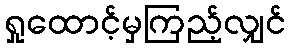
ရှုထောင့်မှကြည့်လျှင်